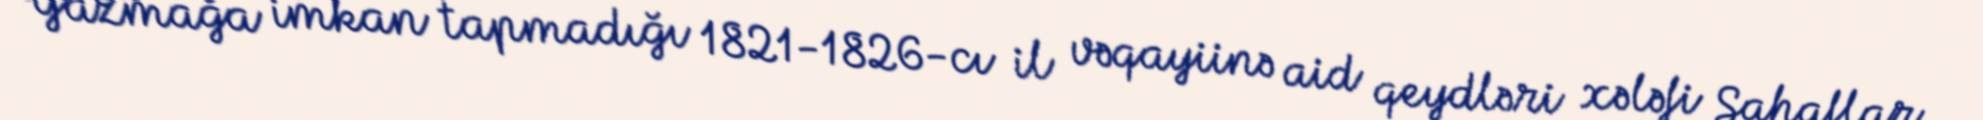
Yazmağa imkan tapmadığı 1821-1826-cı il vəqayiinə aid qeydləri xələfi Sahaflar